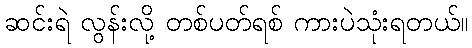
ဆင်းရဲ လွန်းလို့ တစ်ပတ်ရစ် ကားပဲသုံးရတယ်။